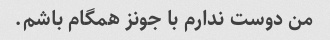
من دوست ندارم با جونز همگام باشم.